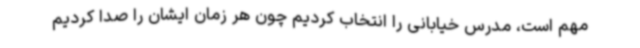
مهم است، مدرس خیابانی را انتخاب کردیم چون هر زمان ایشان را صدا کردیم